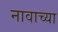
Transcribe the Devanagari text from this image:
नावाच्‍या